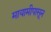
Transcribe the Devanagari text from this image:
मायामीपासून